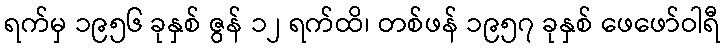
ရက်မှ ၁၉၅၆ ခုနှစ် ဇွန် ၁၂ ရက်ထိ၊ တစ်ဖန် ၁၉၅၇ ခုနှစ် ဖေဖော်ဝါရီ